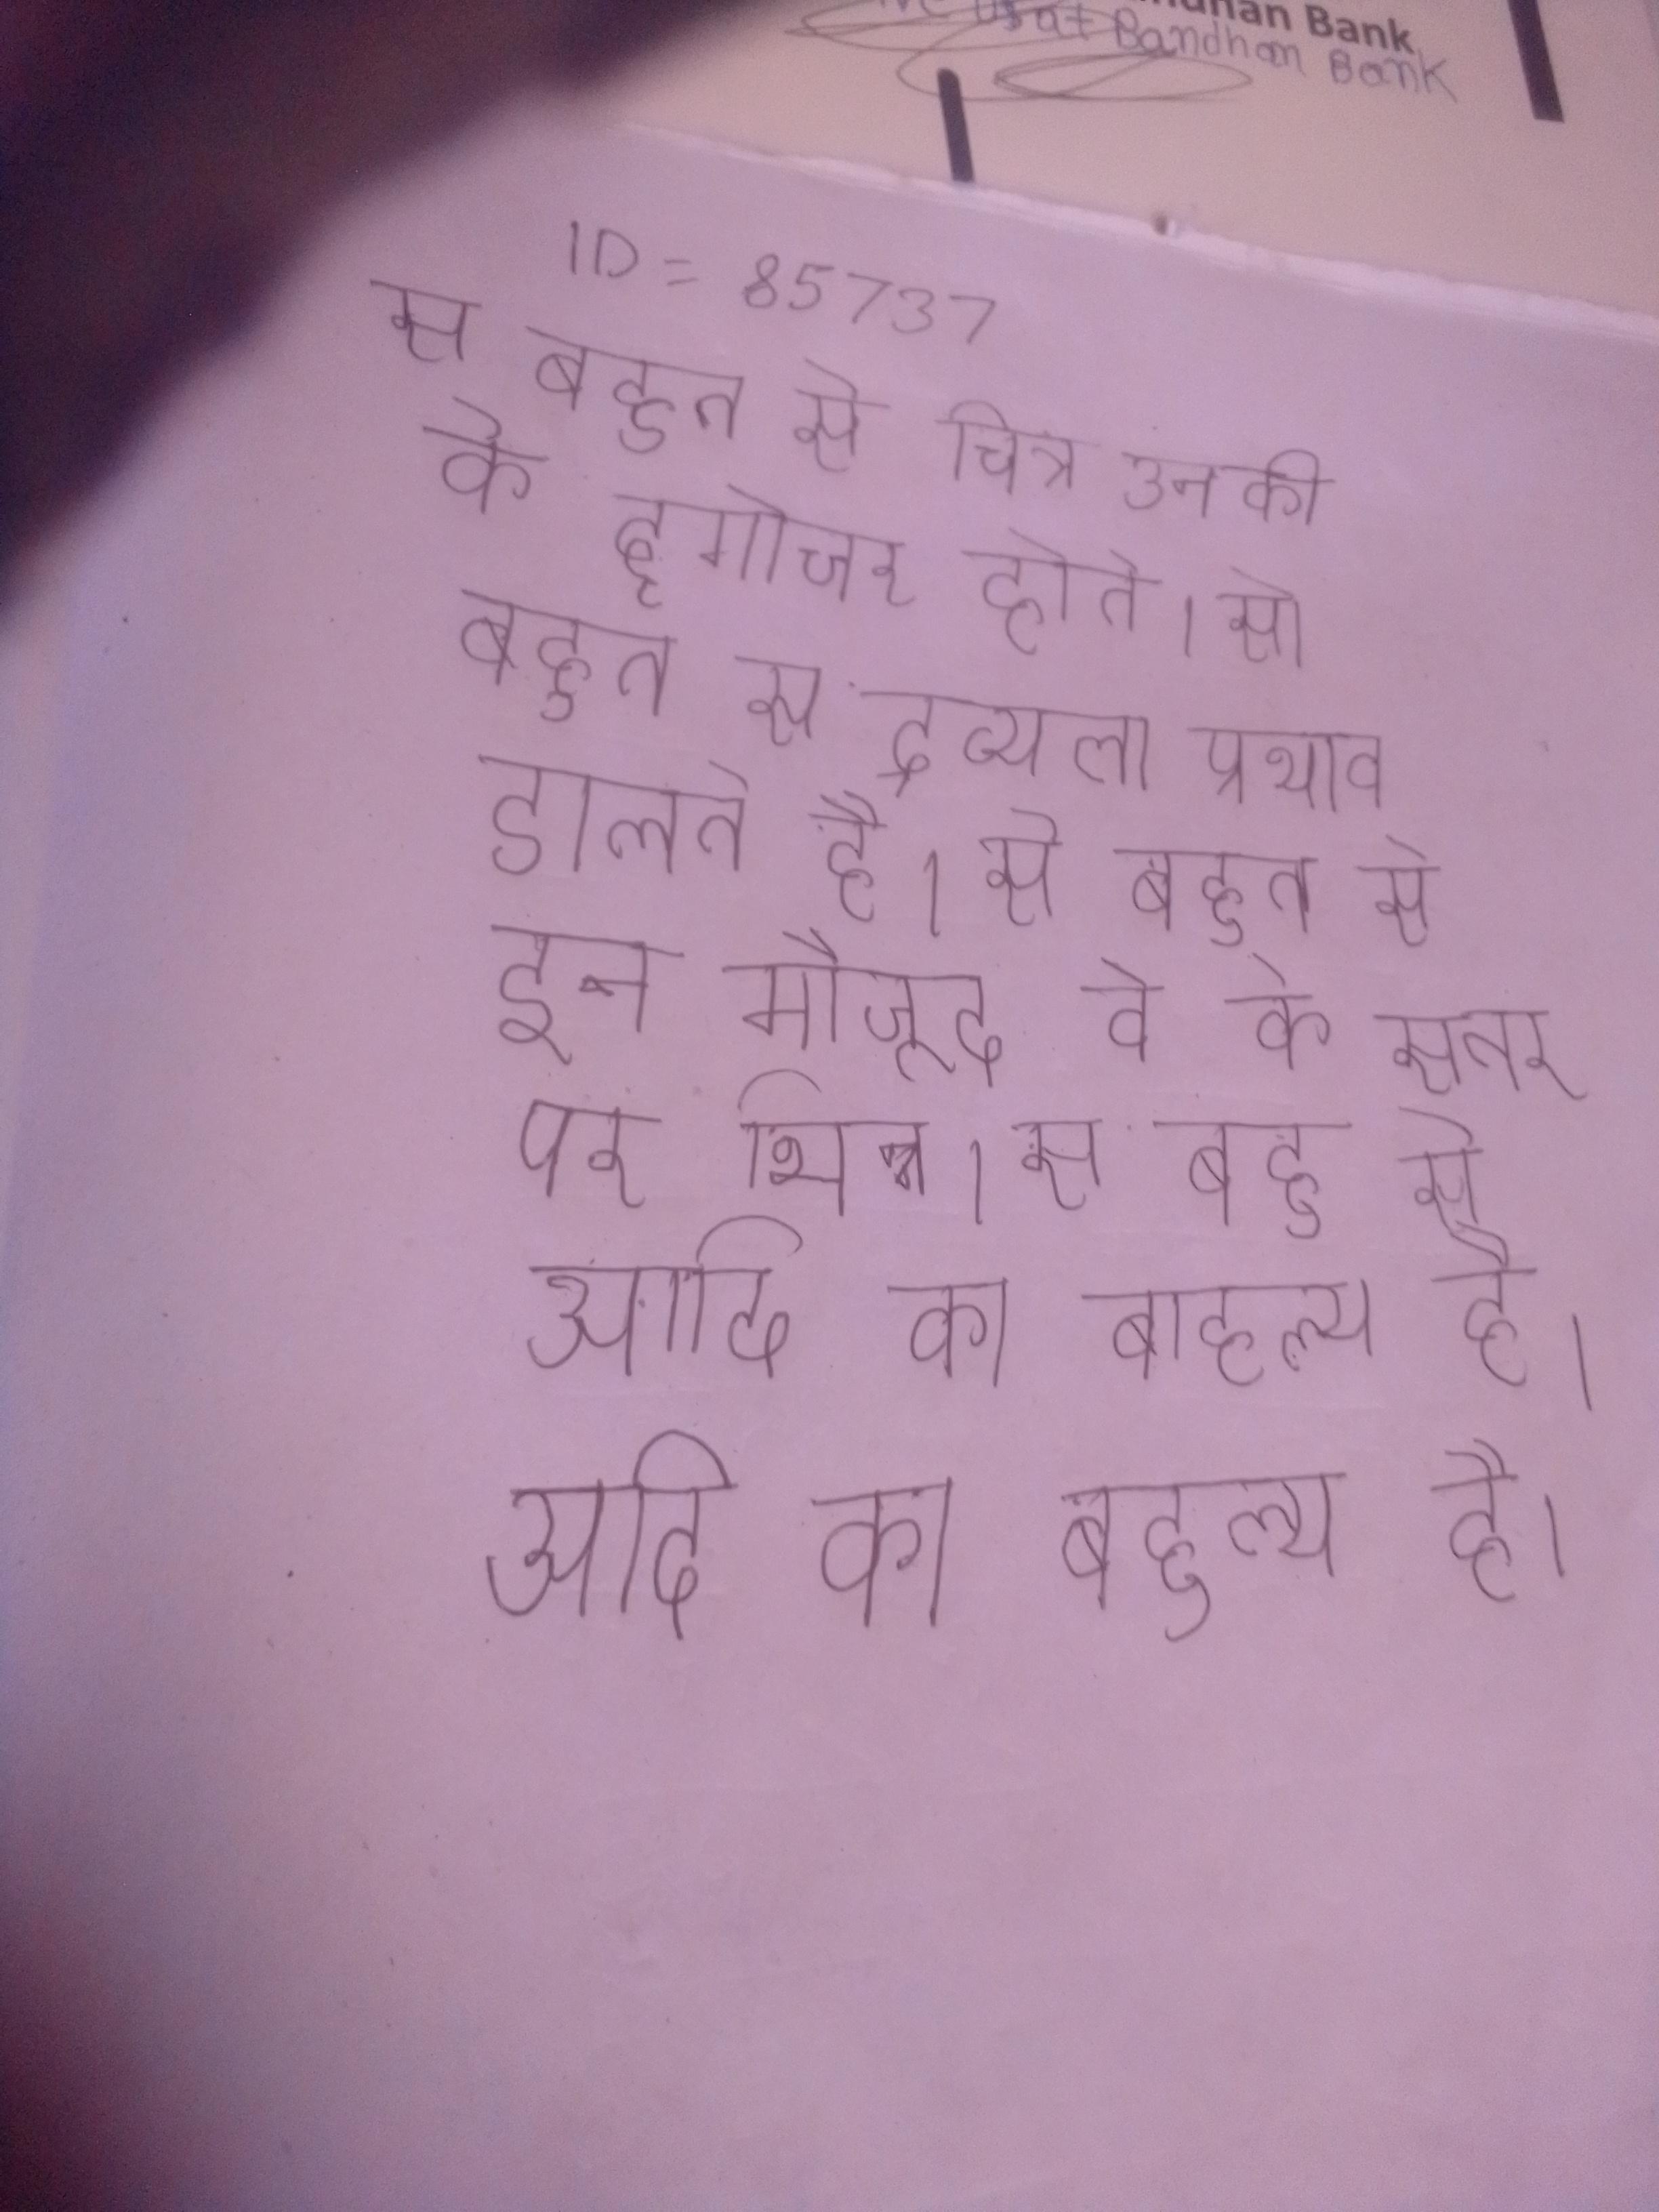
से बहुत से चित्र उनकी के दृष्टिगोचर होते । से बहुत से द्रव्य जीवद्रव्य पर विषैला प्रभाव डालते है । से बहुत से उपलब्ध । से बहुत से इन मौजूद वे के स्तर पर भिन्न । से बहुत से आदि का बाहुल्य है ।